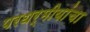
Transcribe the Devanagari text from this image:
परधर्मीयांचा